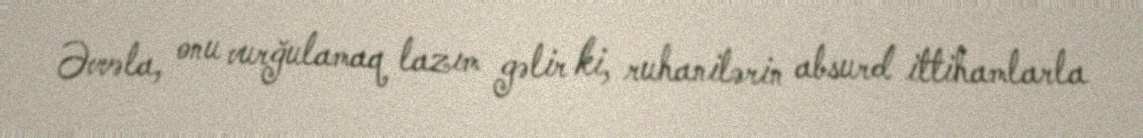
Əvvəla, onu vurğulamaq lazım gəlir ki, ruhanilərin absurd ittihamlarla